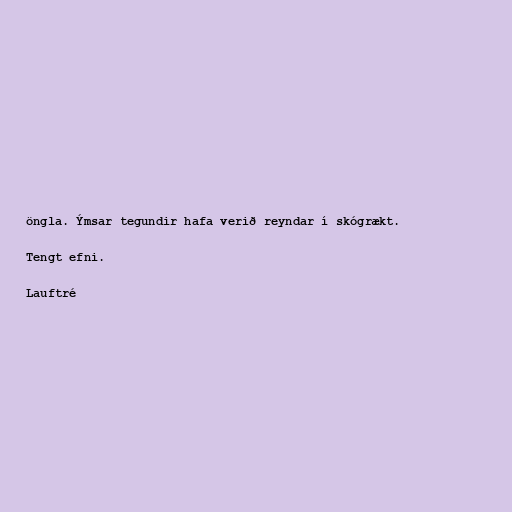
öngla. Ýmsar tegundir hafa verið reyndar í skógrækt.

Tengt efni.

Lauftré